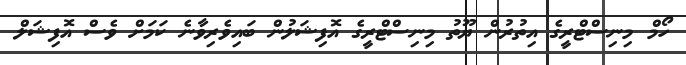
ހޯމް މިނިސްޓްރީގެ އިތުރުން ޔޫތު މިނިސްޓްރީގެ އޮފިޝަލުން ބައިވެރިވާނެ ކަމަށް ވެސް އޮފިޝަލް